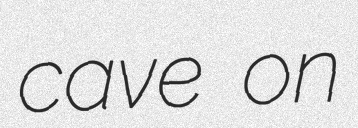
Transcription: cave on